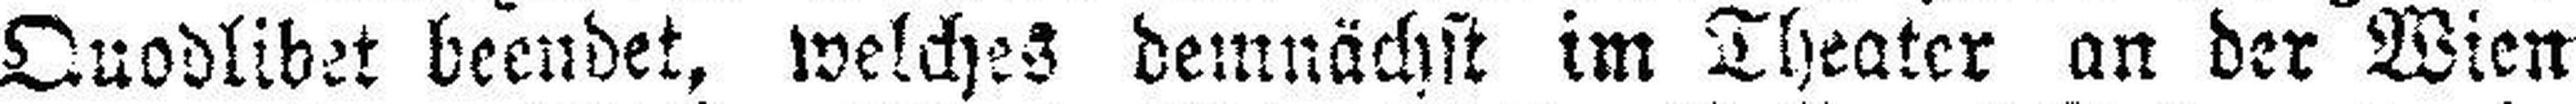
Quodlibet beendet, welches demnächst im Theater an der Wien